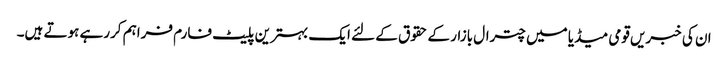
ان کی خبریں قومی میڈیا میں چترال بازار کے حقوق کے لئے ایک بہترین پلیٹ فارم فراہم کررہے ہوتے ہیں۔